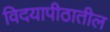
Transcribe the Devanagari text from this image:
विदयापीठातील